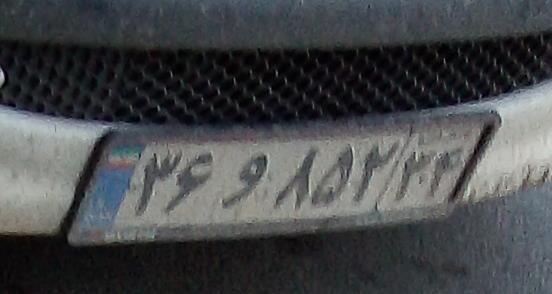
۳۶و۸۵۲۳۴